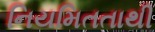
નિયમિતતાથી